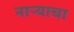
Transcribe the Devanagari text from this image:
नाऱ्याचा